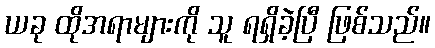
ယခု ထိုအရာများကို သူ ရရှိခဲ့ပြီ ဖြစ်သည်။